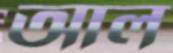
আল